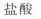
盐酸